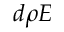
d \rho E